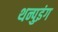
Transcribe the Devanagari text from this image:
थन्पुइंग